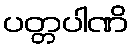
ပတ္တပါဏိ